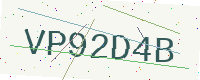
Text: VP92D4B